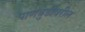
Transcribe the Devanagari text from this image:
पाणबुडीवरील